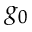
g _ { 0 }